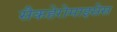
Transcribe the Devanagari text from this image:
सैकहेरोमाइसेस